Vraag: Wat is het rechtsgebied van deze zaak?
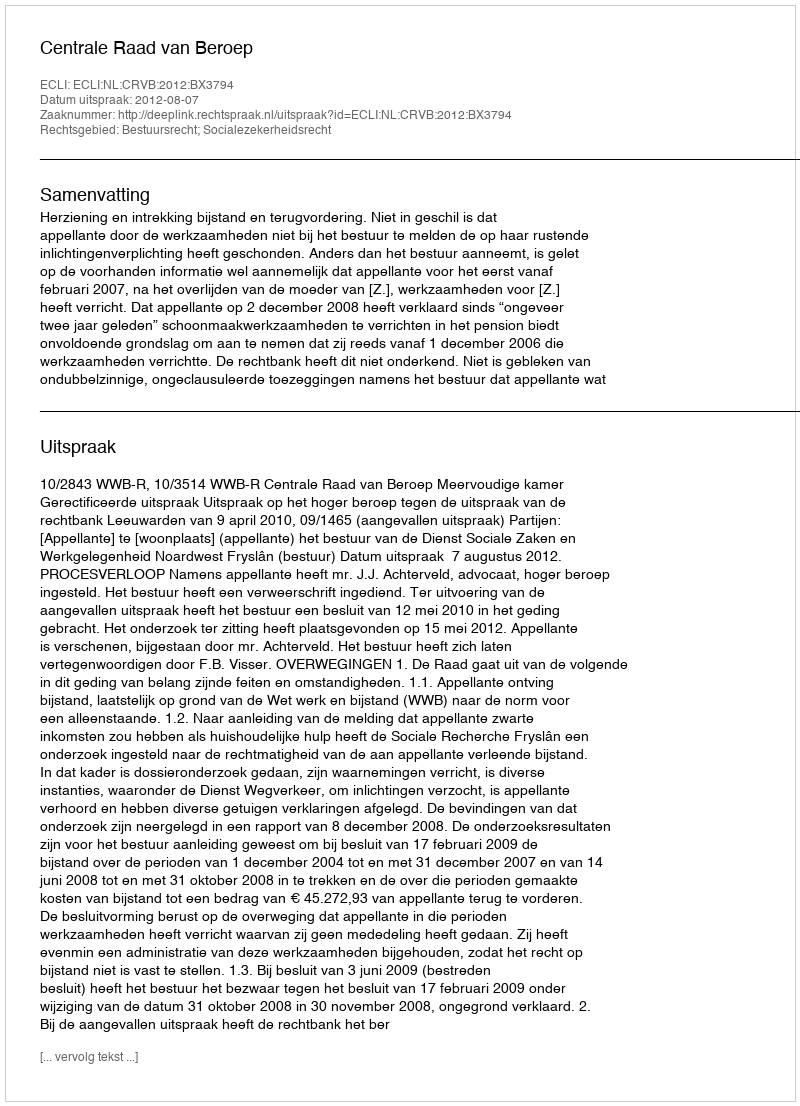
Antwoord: Bestuursrecht; Socialezekerheidsrecht